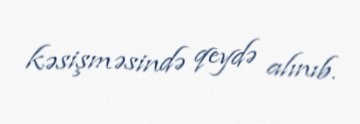
kəsişməsində qeydə alınıb.